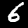
Digit: 6